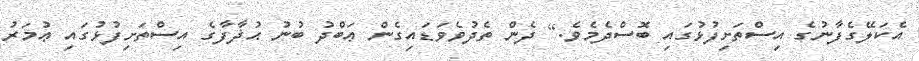
އެކަލޭގެފާނުގެ އިސްތަށިފުޅުގައި ބޮސްދެމެވެ.] ދެން ތެދުވެވަޑައިގެން ޢަބްދު ބުނު ޙުޛާފާގެ އިސްތަށިފުޅުގައި ޢުމަރު